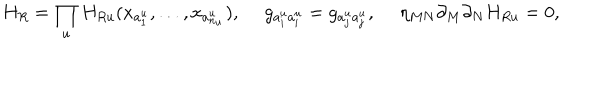
H _ { R } = \prod _ { u } H _ { R u } ( x _ { a _ { 1 } ^ { u } } , \dots , x _ { a _ { n _ { u } } ^ { u } } ) , ~ ~ g _ { a _ { i } ^ { u } a _ { i } ^ { u } } = g _ { a _ { j } ^ { u } a _ { j } ^ { u } } , ~ ~ \eta _ { M N } \partial _ { M } \partial _ { N } H _ { R u } = 0 ,